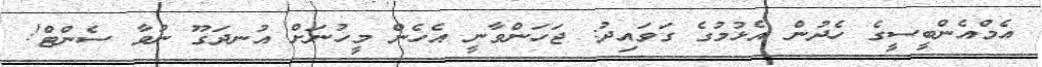
އެމްއެންބީސީގެ ހެދުން އެޅުމުގެ ގަވައިދު: ޖަހަންވާނީ އެހެން މީހުނަށް އުނދަގޫ ނުވާ ސެންޓް!